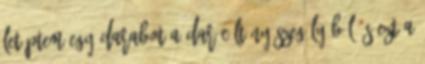
Letéptem egy darabot a darócöltöny szegélyéből, s ezt a